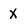
Character: X